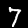
Label: 7